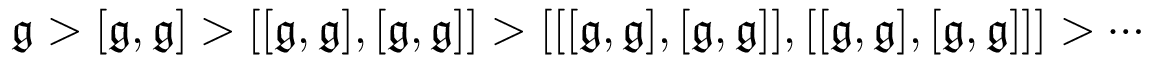
{ \mathfrak { g } } > [ { \mathfrak { g } } , { \mathfrak { g } } ] > [ [ { \mathfrak { g } } , { \mathfrak { g } } ] , [ { \mathfrak { g } } , { \mathfrak { g } } ] ] > [ [ [ { \mathfrak { g } } , { \mathfrak { g } } ] , [ { \mathfrak { g } } , { \mathfrak { g } } ] ] , [ [ { \mathfrak { g } } , { \mathfrak { g } } ] , [ { \mathfrak { g } } , { \mathfrak { g } } ] ] ] > \cdots